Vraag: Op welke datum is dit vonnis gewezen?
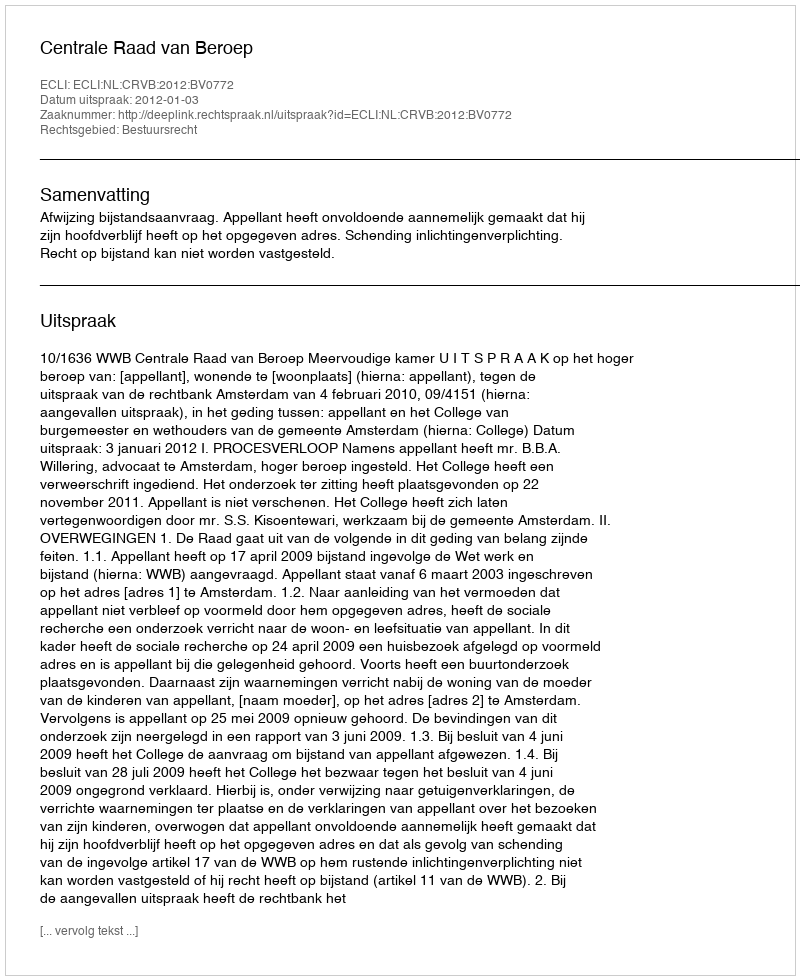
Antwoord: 2012-01-03